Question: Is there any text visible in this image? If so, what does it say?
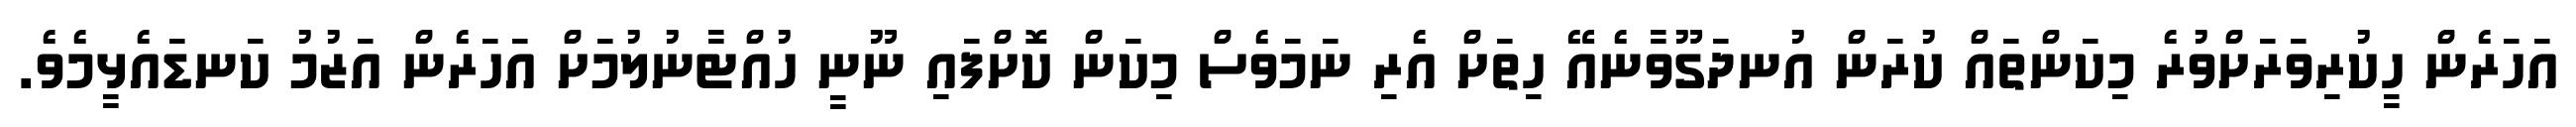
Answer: އަހަރެން ހީކުރިވަރަށްވުރެ މިކަންތައް ކުރަން އުނދަގޫވާނެއޭ ހިތަށް އެރި ނަމަވެސް މިކަން ކޮށްފައި ނޫނީ ހުއްޓާނުލުމަށް އަހަރެން އަޒުމު ކަނޑައެޅީމެވެ.